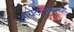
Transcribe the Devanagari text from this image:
आयटीआयकडे